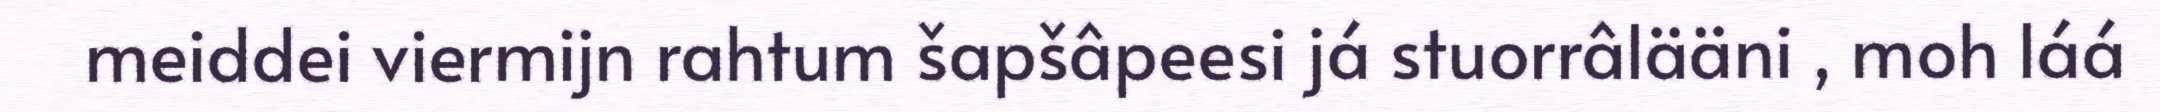
meiddei viermijn rahtum šapšâpeesi já stuorrâlääni , moh láá